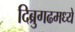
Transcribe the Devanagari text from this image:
दिब्रुगढमध्ये